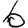
Digit: 6